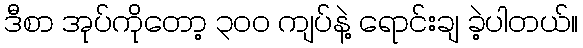
ဒီစာ အုပ်ကိုတော့ ၃၀၀ ကျပ်နဲ့ ရောင်းချ ခဲ့ပါတယ်။